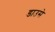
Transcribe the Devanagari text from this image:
डाउसे